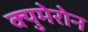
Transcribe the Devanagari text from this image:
क्युमेरोन